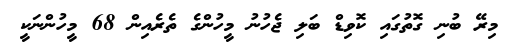
މިރޭ ބުނި ގޮތުގައި ކޮވިޑް ބަލި ޖެހުނު މީހުންގެ ތެރެއިން 68 މީހުންނަކީ